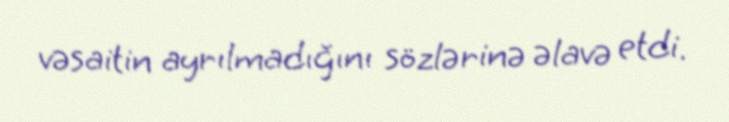
vəsaitin ayrılmadığını sözlərinə əlavə etdi.